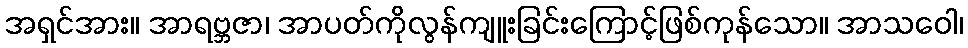
အရှင်အား။ အာရဗ္ဘဇာ၊ အာပတ်ကိုလွန်ကျူးခြင်းကြောင့်ဖြစ်ကုန်သော။ အာသဝေါ၊